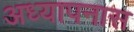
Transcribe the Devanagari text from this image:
अध्यापनास